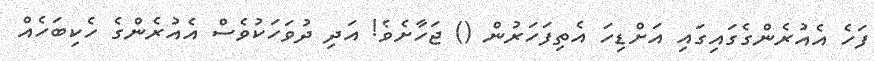
ފަހެ އެއުރެންގެގައިގައި އަށްޑިހަ އެތިފަހަރުން () ޖަހާށެވެ! އަދި ދުވަހަކުވެސް އެއުރެންގެ ހެކިބަހެއް